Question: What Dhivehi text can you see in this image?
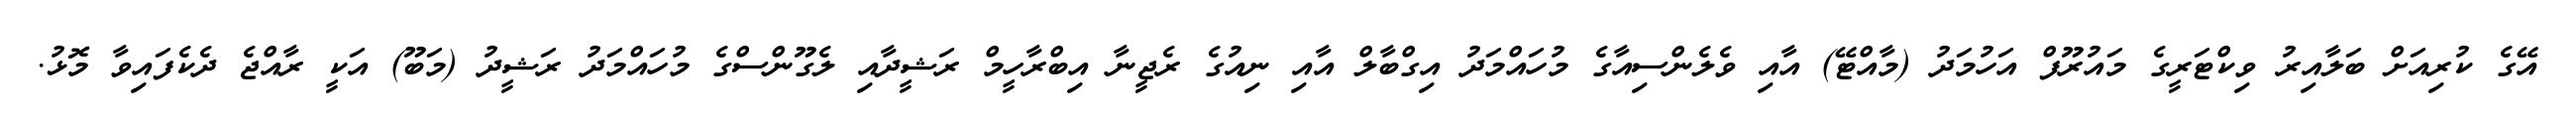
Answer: އޭގެ ކުރިއަށް ބަލާއިރު ވިކްޓަރީގެ މައުރޫފް އަހުމަދު (މާއްޓޭ) އާއި ވެލެންސިއާގެ މުހައްމަދު އިގްބާލް އާއި ނިއުގެ ރެޖީނާ އިބްރާހީމް ރަޝީދާއި ލެގޫންސްގެ މުހައްމަދު ރަޝީދު (މަބޫ) އަކީ ރާއްޖެ ދެކެފައިވާ މޮޅު.